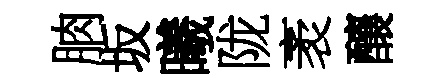
朒坂曦陇袤釀